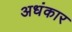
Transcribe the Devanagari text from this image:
अधंकार